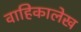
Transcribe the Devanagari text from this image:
वाहिकालेख